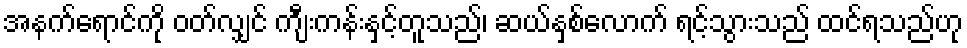
အနက်ရောင်ကို ဝတ်လျှင် ကျီးကန်းနှင့်တူသည်၊ ဆယ်နှစ်လောက် ရင့်သွားသည် ထင်ရသည်ဟု